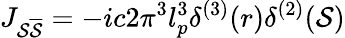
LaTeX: J_{\mathcal{S}\overline{{{{\mathcal{S}}}}}}=-ic2\pi^{3}l_{p}^{3}\delta^{(3)}(r)\delta^{(2)}(\mathcal{S})